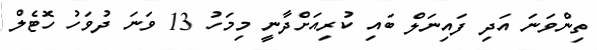
ތިންވަނަ އަދި ފައިނަލް ބައި ކުރިއަށްދާނީ މިމަހު 13 ވަނަ ދުވަހު ހޮޓެލް